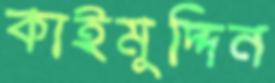
কাইমুদ্দিন